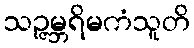
သဉ္ဇမ္ဘရိမကံသူတိ